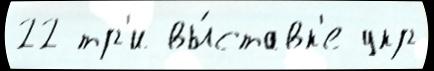
22 тр'и вы́ставк'е укр